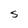
Character: S